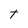
Character: t